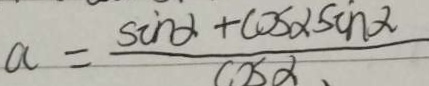
a = \frac { \sin \alpha + \cos \alpha \sin \alpha } { \cos \alpha }